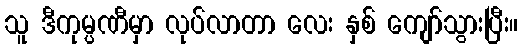
သူ ဒီကုမ္ပဏီမှာ လုပ်လာတာ လေး နှစ် ကျော်သွားပြီး။